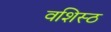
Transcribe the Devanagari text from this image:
वशिस्ठ